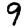
Digit: 9